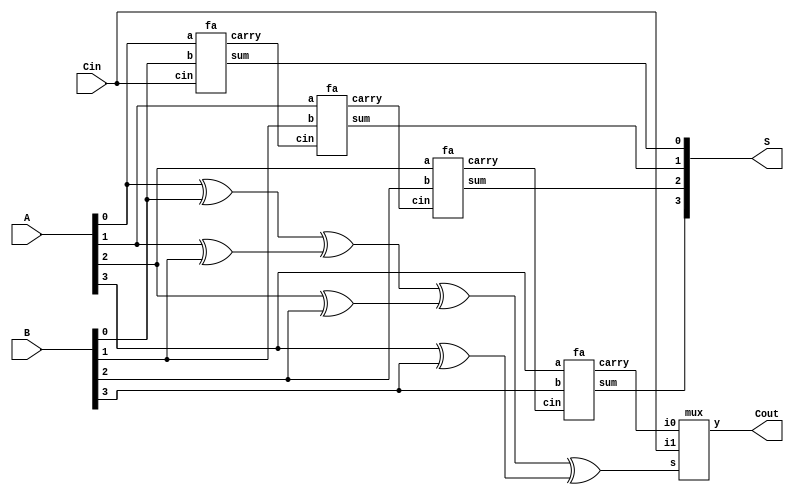
module CSKIPA(A,B,Cin,S,Cout);
  input [3:0] A,B;
  input Cin;
  output [3:0] S;
  output Cout;
  wire [3:0] C; 
  reg [3:0] Pr;
  wire P;
  integer i;

  always@(*) begin
    for(i=0;i<4;i=i+1)
     begin
      Pr[i] = A[i]^B[i];
     end
  end
  
  assign P = Pr[0]^Pr[1]^Pr[2]^Pr[3];
  mux MUX2(P,C[3],Cin,Cout);
  
  fa FA0(A[0],B[0],Cin,S[0],C[0]);
  fa FA1(A[1],B[1],C[0],S[1],C[1]);
  fa FA2(A[2],B[2],C[1],S[2],C[2]);
  fa FA3(A[3],B[3],C[2],S[3],C[3]);
endmodule

module fa(input a,b,cin, output sum,carry);
  assign sum = a^b^cin;
  assign carry = (a&b)|(b&cin)|(cin&a);
endmodule

module mux(input s,i0,i1, output reg y);
  always@(*)
    begin
    if(s == 0)
      y = i0;
    else
      y = i1;
    end
endmodule